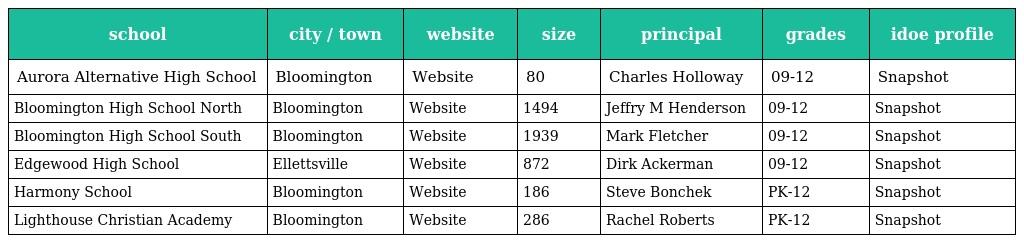
| school | city / town | website | size | principal | grades | idoe profile |
 | --- | --- | --- | --- | --- | --- | --- |
 | Aurora Alternative High School | Bloomington | Website | 80 | Charles Holloway | 09-12 | Snapshot |
 | Bloomington High School North | Bloomington | Website | 1494 | Jeffry M Henderson | 09-12 | Snapshot |
 | Bloomington High School South | Bloomington | Website | 1939 | Mark Fletcher | 09-12 | Snapshot |
 | Edgewood High School | Ellettsville | Website | 872 | Dirk Ackerman | 09-12 | Snapshot |
 | Harmony School | Bloomington | Website | 186 | Steve Bonchek | PK-12 | Snapshot |
 | Lighthouse Christian Academy | Bloomington | Website | 286 | Rachel Roberts | PK-12 | Snapshot |